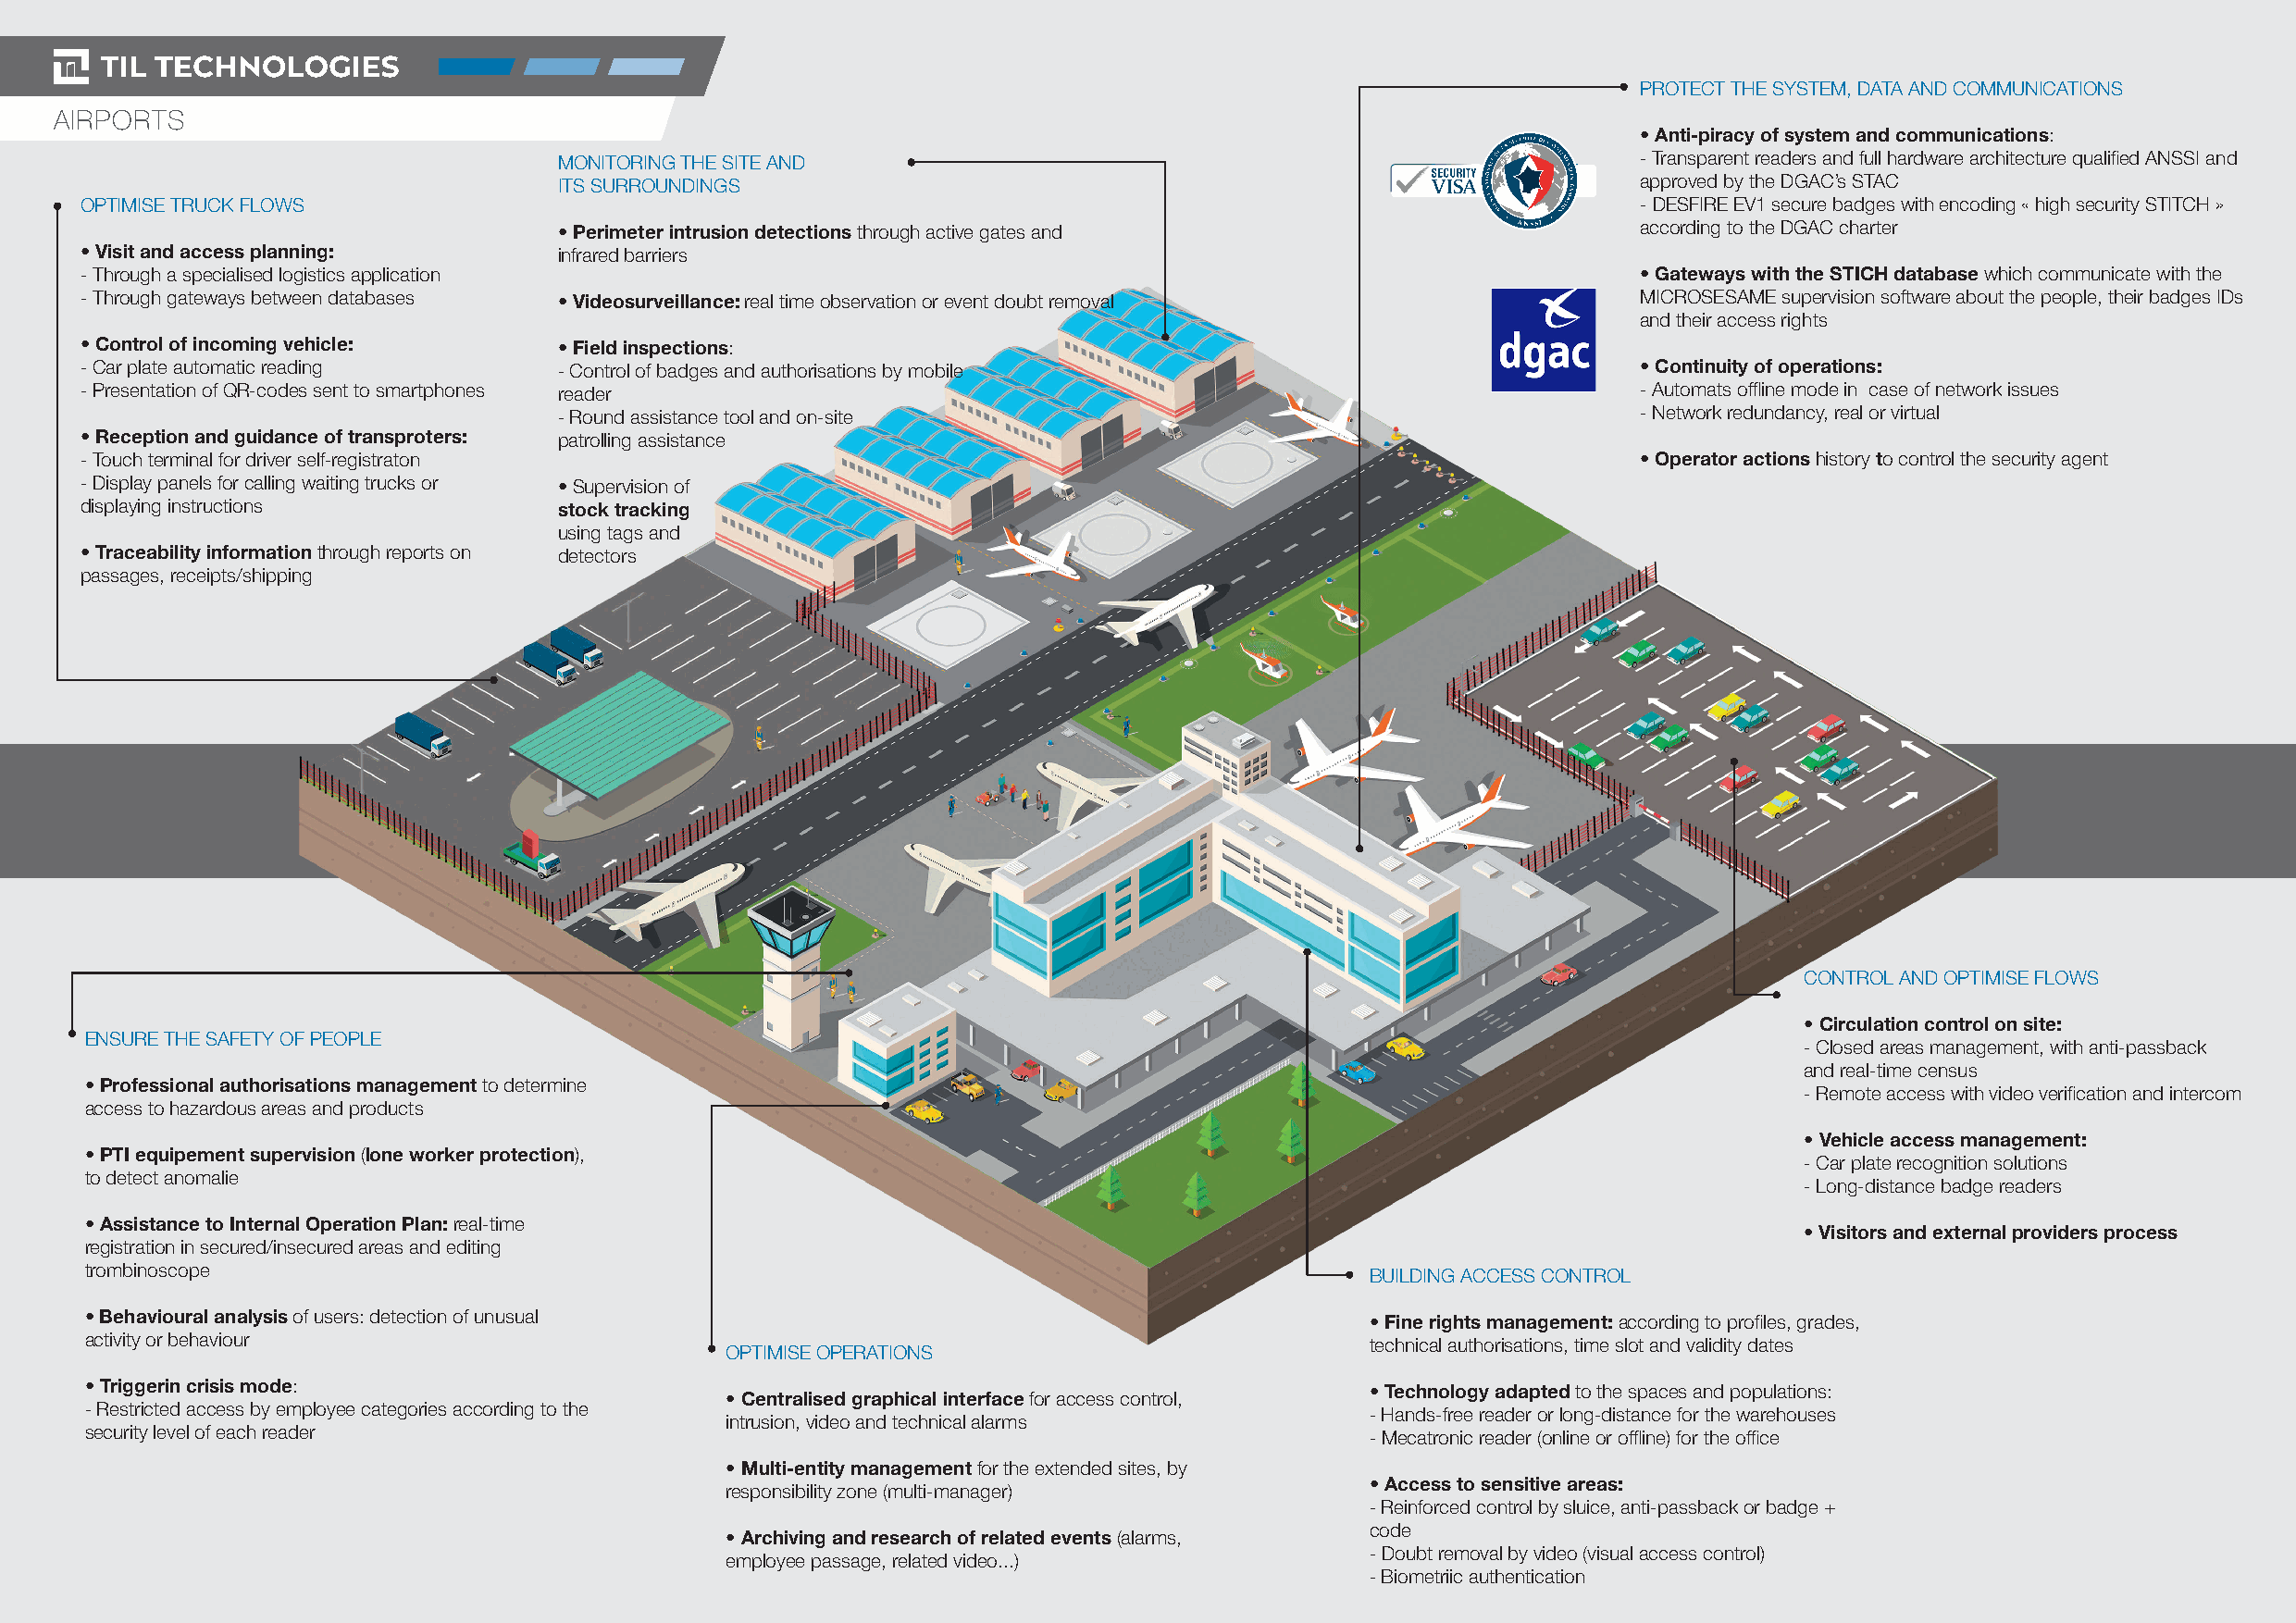
PROTECT THE SYSTEM, DATA AND COMMUNICATIONS
 AIRPORTS
 • Anti-piracy of system and communications:
 MONITORING THE SITE AND                                                      - Transparent readers and full hardware architecture qualified ANSSI and
 ITS SURROUNDINGS                                                             approved by the DGAC’s STAC
 OPTIMISE TRUCK FLOWS                                                                                           - DESFIRE EV1 secure badges with encoding « high security STITCH »
 • Perimeter intrusion detections through active gates and                    according to the DGAC charter
 • Visit and access planning:      infrared barriers
 - Through a specialised logistics application                                                                  • Gateways with the STICH database which communicate with the
 - Through gateways between databases • Videosurveillance: real time observation or event doubt removal         MICROSESAME supervision software about the people, their badges IDs
 and their access rights
 • Control of incoming vehicle:    • Field inspections:
 - Car plate automatic reading     - Control of badges and authorisations by mobile                             • Continuity of operations:
 - Presentation of QR-codes sent to smartphones reader                                                          - Automats offline mode in case of network issues
 - Round assistance tool and on-site                                          - Network redundancy, real or virtual
 • Reception and guidance of transproters: patrolling assistance
 - Touch terminal for driver self-registraton                                                                   • Operator actions history to control the security agent
 - Display panels for calling waiting trucks or • Supervision of
 displaying instructions           stock tracking
 using tags and
 • Traceability information through reports on detectors
 passages, receipts/shipping
 CONTROL AND OPTIMISE FLOWS
 • Circulation control on site:
 ENSURE THE SAFETY OF PEOPLE
 - Closed areas management, with anti-passback
 and real-time census
 • Professional authorisations management to determine
 - Remote access with video verification and intercom
 access to hazardous areas and products
 • Vehicle access management:
 • PTI equipement supervision (lone worker protection),
 - Car plate recognition solutions
 to detect anomalie
 - Long-distance badge readers
 • Assistance to Internal Operation Plan: real-time
 • Visitors and external providers process
 registration in secured/insecured areas and editing
 trombinoscope
 BUILDING ACCESS CONTROL
 • Behavioural analysis of users: detection of unusual
 • Fine rights management: according to profiles, grades,
 activity or behaviour
 technical authorisations, time slot and validity dates
 OPTIMISE OPERATIONS
 • Triggerin crisis mode:
 • Technology adapted to the spaces and populations:
 • Centralised graphical interface for access control,
 - Restricted access by employee categories according to the
 - Hands-free reader or long-distance for the warehouses
 intrusion, video and technical alarms
 security level of each reader
 - Mecatronic reader (online or offline) for the office
 • Multi-entity management for the extended sites, by
 • Access to sensitive areas:
 responsibility zone (multi-manager)
 - Reinforced control by sluice, anti-passback or badge +
 code
 • Archiving and research of related events (alarms,
 - Doubt removal by video (visual access control)
 employee passage, related video...)
 - Biometriic authentication